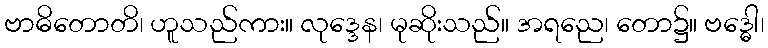
ဗာဓိတောတိ၊ ဟူသည်ကား။ လုဒ္ဒေန၊ မုဆိုးသည်။ အရညေ၊ တော၌။ ဗဒ္ဓေါ၊